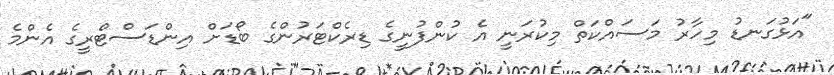
"އަޅުގަނޑު މިހާރު މަސައްކަތް މިކުރަނީ އެ ކުންފުނީގެ ޑިރެކްޓަރުންގެ ބޯޑަށް އިންޑަސްޓްރީގެ އެންމެ